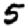
Digit: 5